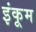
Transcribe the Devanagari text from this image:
इंकूम